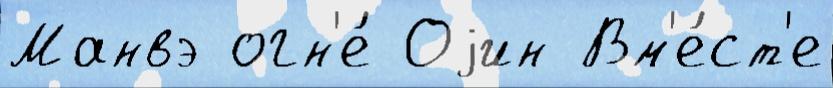
Манвэ огн'е́ Оjин Вм'е́ст'е